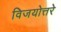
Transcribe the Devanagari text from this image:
विजयोत्तरे